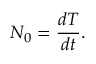
N _ { 0 } = \frac { d T } { d t } .